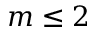
m \leq 2